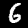
Digit: 6